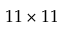
1 1 \times 1 1